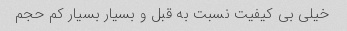
خیلی بی کیفیت نسبت به قبل و بسیار بسیار کم حجم